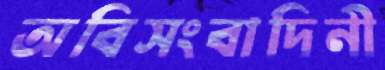
অবিসংবাদিনী